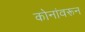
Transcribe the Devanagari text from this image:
कोनांवरून